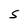
Character: S